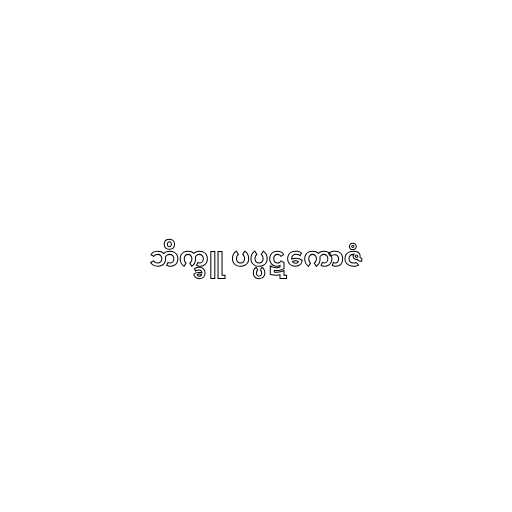
ဘိက္ခူ ပပ္ပဋကောဇံ